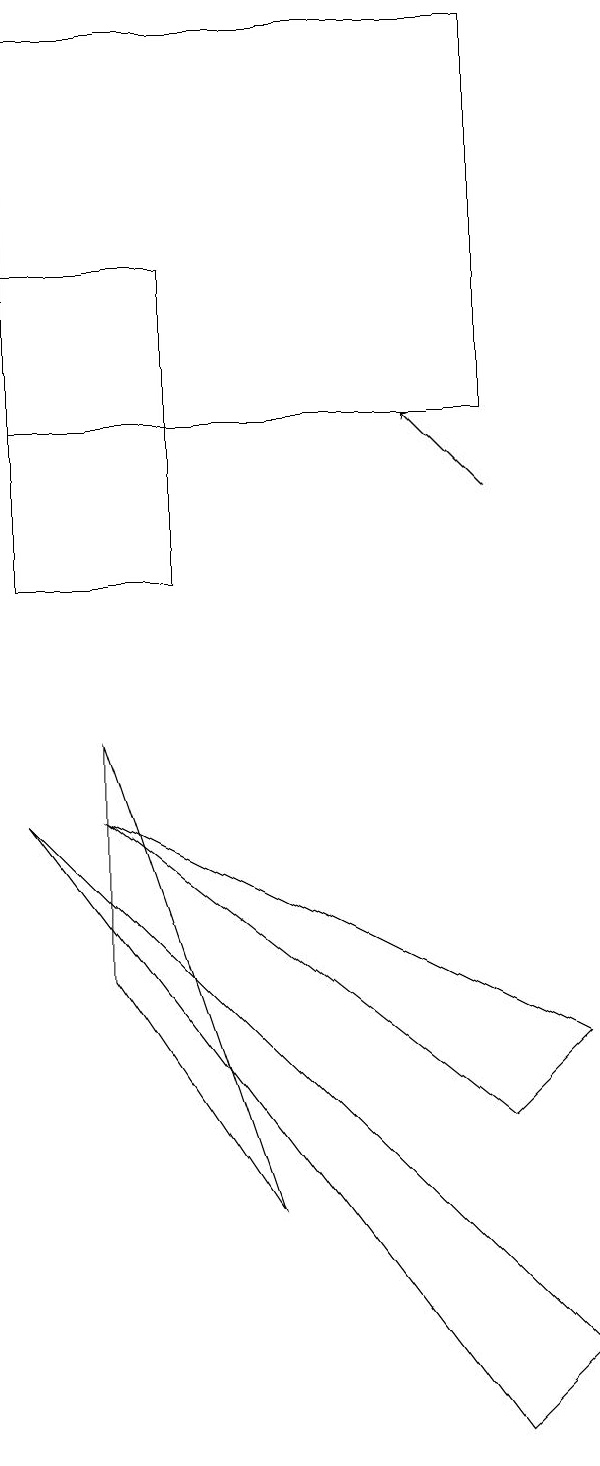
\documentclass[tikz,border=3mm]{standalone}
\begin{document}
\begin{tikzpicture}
\draw (0,18) rectangle (6,13);
\draw (0,8) -- (7,1) -- (6,0) -- cycle;
\draw (1,9) -- (3,3) -- (1,6) -- cycle;
\draw (2,11) rectangle (0,15);
\draw (7,5) -- (1,8) -- (6,4) -- cycle;
\draw[->] (6,12) -- (5,13);
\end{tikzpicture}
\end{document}